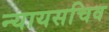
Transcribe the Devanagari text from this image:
न्यायसचिव